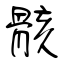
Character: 骸